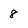
Character: 8